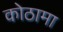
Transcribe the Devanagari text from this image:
कोठामा